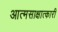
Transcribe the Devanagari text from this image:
आत्मसाक्षात्कारी